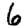
Digit: 6